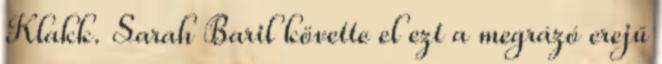
Klakk. Sarah Baril követte el ezt a megrázó erejű